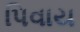
પિવાય